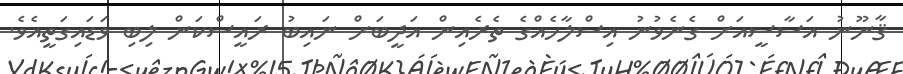
ޤާނޫނު އަސާސީއަށް ގެނެވުނު އިސްލާހެއްގެ ތެރެއިން އަދީބަށް ނައިބު ރައީސްކަން ލިބި ވަޑައިގަތީއެވެ.